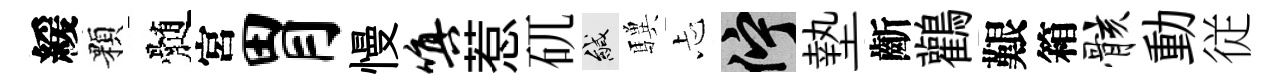
緩顆髄宮胃慢嗔惹矹緘驥忐伫墊齗鸛艱箱骸動従